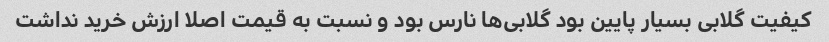
کیفیت گلابی بسیار پایین بود گلابی‌ها نارس بود و نسبت به قیمت اصلا ارزش خرید نداشت